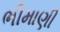
ભીમાણી